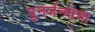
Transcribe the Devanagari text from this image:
पुनर्जन्माचा